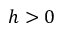
h > 0